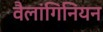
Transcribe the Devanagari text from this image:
वैलांगिनियन